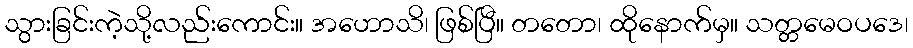
သွားခြင်းကဲ့သို့လည်းကောင်း။ အဟောသိ၊ ဖြစ်ပြီ။ တတော၊ ထိုနောက်မှ။ သတ္တမေဝပဒေ၊